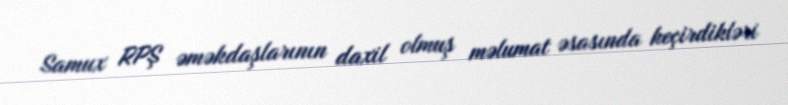
Samux RPŞ əməkdaşlarının daxil olmuş məlumat əsasında keçirdikləri